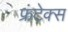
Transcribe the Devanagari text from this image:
फ्रंटेक्स